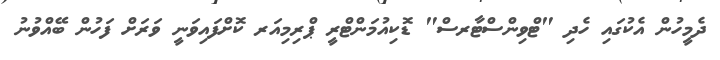
ދެމީހުން އެކުގައި ހެދި "ޓްވިންސްޓާރސް" ޑޮކިއުމަންޓްރީ ޕްރިމިއަރ ކޮށްފައިވަނީ ވަރަށް ފަހުން ބޭއްވުނު